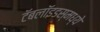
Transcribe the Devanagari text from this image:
टॅबलॉइडस्मध्ये